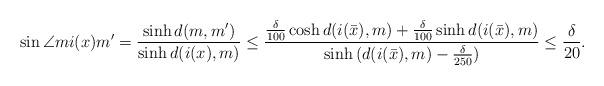
LaTeX: \begin{align*}\sin{\angle{mi(x)m'}} =\frac{\sinh{d(m,m')}}{\sinh{d(i(x),m)}} \leq \frac{\frac{\delta}{100}\cosh{d(i(\bar{x}),m)}+\frac{\delta}{100}\sinh{d(i(\bar{x}),m)}}{\sinh{(d(i(\bar{x}),m)-\frac{\delta}{250})}} \leq \frac{\delta}{20}.\end{align*}